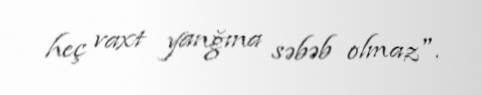
heç vaxt yanğına səbəb olmaz".